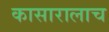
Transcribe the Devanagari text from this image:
कासारालाच